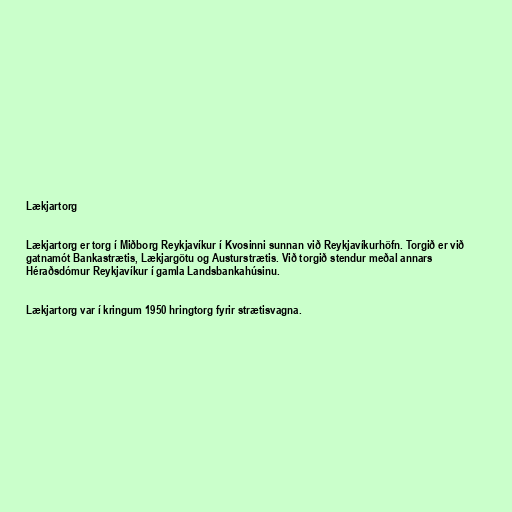
Lækjartorg

Lækjartorg er torg í Miðborg Reykjavíkur í Kvosinni sunnan við Reykjavíkurhöfn. Torgið er við
gatnamót Bankastrætis, Lækjargötu og Austurstrætis. Við torgið stendur meðal annars
Héraðsdómur Reykjavíkur í gamla Landsbankahúsinu.

Lækjartorg var í kringum 1950 hringtorg fyrir strætisvagna.